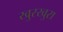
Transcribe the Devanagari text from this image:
खुरखुरा